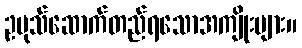
ဥပုသ်ဆောက်တည်ရသောအကျိုးများ။